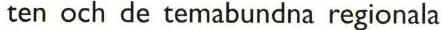
ten och de temabundna regionala